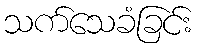
သက်သေခံခြင်း